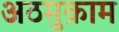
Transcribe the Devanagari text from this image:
अठमुक़ाम